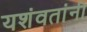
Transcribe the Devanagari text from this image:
यशंवतांनी